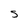
Character: S